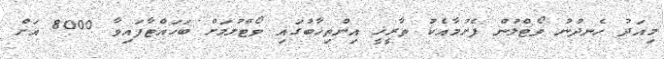
މިއަދު ހެނދުނު ވޯޓްލުން ފެށުމާއެކު ތާރީޚީ އިންތިޚާބުގައި ވޯޓްލުމަށް ބަހައްޓާފައިވާ 8000 އަށް